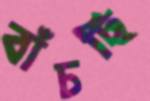
বাঁচছি